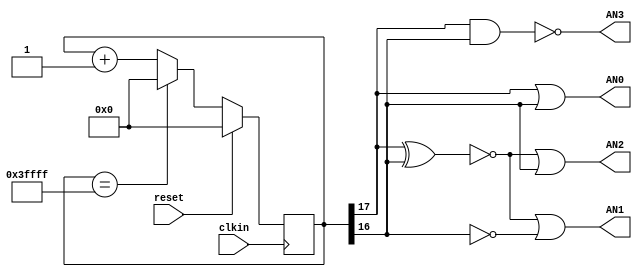
`timescale 1ns / 1ps

module clock_gen(
	input  wire clkin,
	output wire AN0,
	output wire AN1,	
	output wire AN2,
	output wire AN3,
	input  wire reset
   );

   reg [17:0] count;

	// FILL CODE HERE to implement an 18-bit counter
	always@(posedge clkin) begin
		if(count == 18'b111111111111111111)
			count <= 18'b0;
		else
			count <= count + 1'b1;
		if (reset == 1'b1)
			count <= 18'b0;
	end
		
	assign AN0 =    count[17] | count[16];
	assign AN1 =  ~(count[17] ^ count[16]) | ~count[16];
	assign AN2 =  ~(count[17] ^ count[16]) |  count[16];
   assign AN3 =  ~(count[17] & count[16]);

endmodule